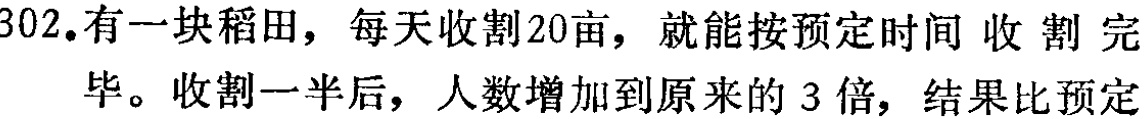
302.有一块稻田，每天收割20亩，就能按预定时间收割完
毕。收割一半后，人数增加到原来的 3 倍，结果比预定